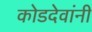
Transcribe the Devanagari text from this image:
कोडदेवांनी